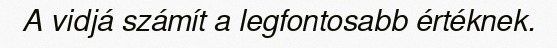
A vidjá számít a legfontosabb értéknek.